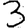
Digit: 3